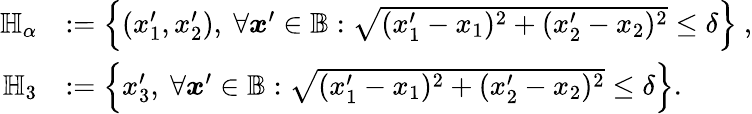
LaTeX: \begin{array}{rl}{\mathbb{H}_{\alpha}}&{:=\left\{ (x_{1}^{\prime},x_{2}^{\prime}),\ \forall\boldsymbol{x}^{\prime}\in\mathbb{B}:\sqrt{(x_{1}^{\prime}-x_{1})^{2}+(x_{2}^{\prime}-x_{2})^{2}}\leq\delta\right\} \ ,}\\ {\mathbb{H}_{3}}&{:=\left\{ x_{3}^{\prime},\ \forall\boldsymbol{x}^{\prime}\in\mathbb{B}:\sqrt{(x_{1}^{\prime}-x_{1})^{2}+(x_{2}^{\prime}-x_{2})^{2}}\leq\delta\right\} .}\end{array}